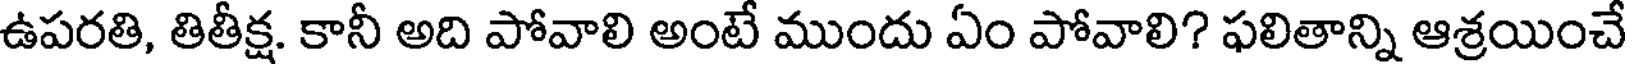
ఉపరతి, తితీక్ష. కానీ అది పోవాలి అంటే ముందు ఏం పోవాలి? ఫలితాన్ని ఆశ్రయించే